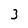
Character: 3